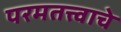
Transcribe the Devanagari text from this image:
परमतत्त्वाचे